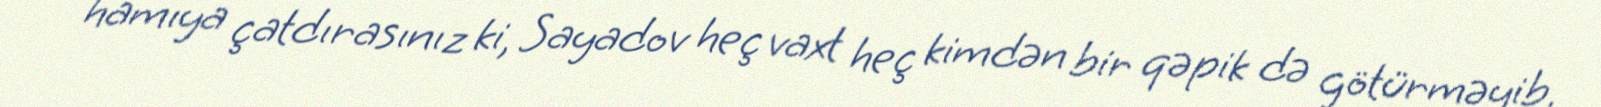
hamıya çatdırasınız ki, Sayadov heç vaxt heç kimdən bir qəpik də götürməyib.